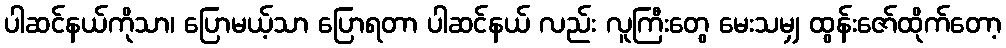
ပါဆင်နယ်ကိုသာ၊ ပြောမယ့်သာ ပြောရတာ ပါဆင်နယ် လည်း လူကြီးတွေ မေးသမျှ ထွန်းဇော်ထိုက်တော့